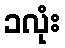
၁လုံး